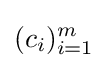
(c_{i})_{i=1}^{m}